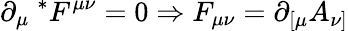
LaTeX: \partial_{\mu}{~}^{*}F^{\mu\nu}=0\Rightarrow F_{\mu\nu}=\partial_{[\mu}A_{\nu]}